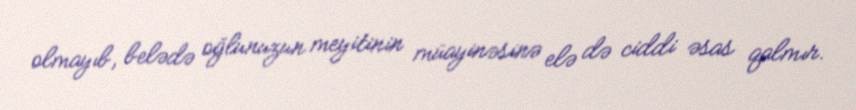
olmayıb, belədə oğlunuzun meyitinin müayinəsinə elə də ciddi əsas qalmır.